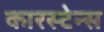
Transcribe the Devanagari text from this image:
कारस्टेन्स